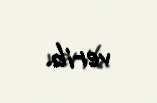
verib.